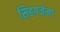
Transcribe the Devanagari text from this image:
सिहगर्जना